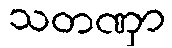
သတဏှာ